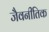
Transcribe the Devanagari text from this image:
जैवनीतिक